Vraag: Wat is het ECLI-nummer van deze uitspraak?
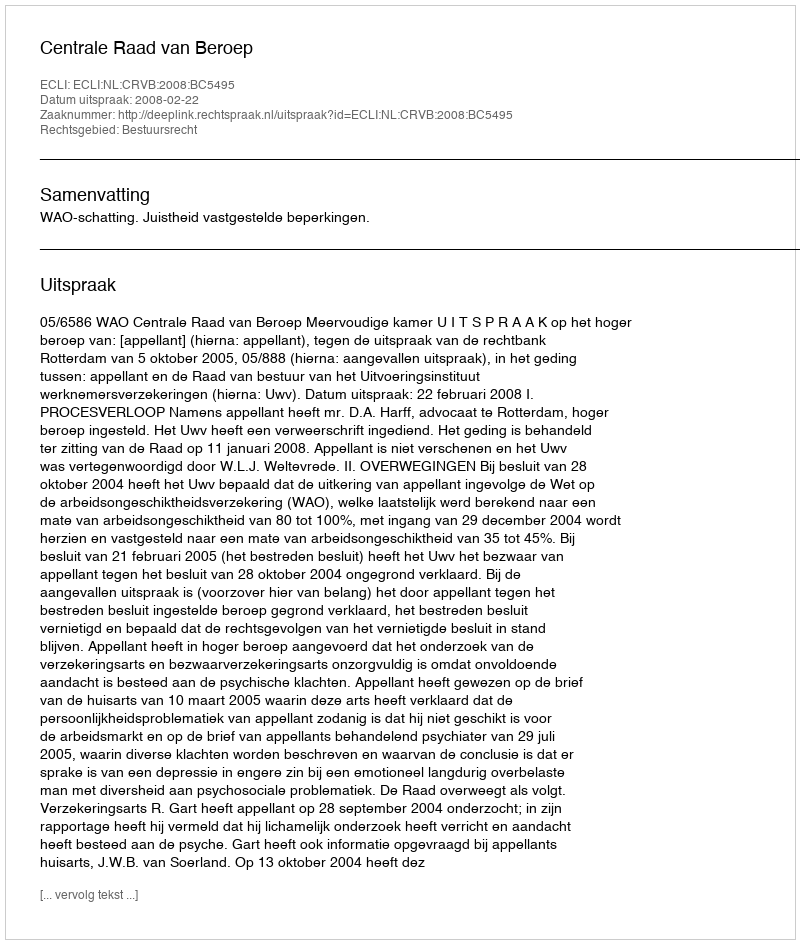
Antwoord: ECLI:NL:CRVB:2008:BC5495